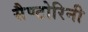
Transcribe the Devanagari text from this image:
सैण्टोरिनी